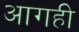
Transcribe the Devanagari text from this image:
आगही